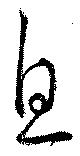
息